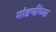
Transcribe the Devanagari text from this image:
मांडणींच्या